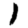
Digit: 1